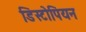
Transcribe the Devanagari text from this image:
डिस्टोपियन